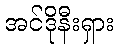
အင်ဒိုနီးရှား